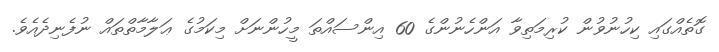
ގޮތެއްގައި ކިހުނުވުން ކުރިމަތިވާ އަންހެނުންގެ 60 އިންސައްތަ މީހުންނަށް މިކަމުގެ ޢަލާމާތްތައް ނުފެނިދެއެވެ.